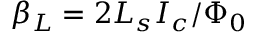
\beta _ { L } = 2 L _ { s } I _ { c } / \Phi _ { 0 }